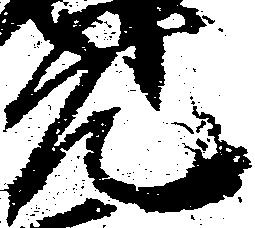
元